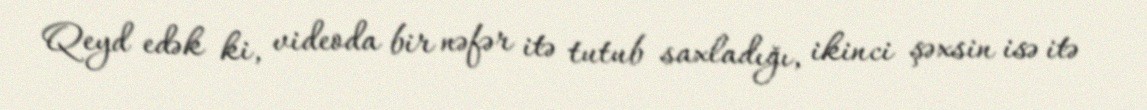
Qeyd edək ki, videoda bir nəfər itə tutub saxladığı, ikinci şəxsin isə itə